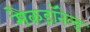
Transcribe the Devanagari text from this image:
मैकडॉनेल्ड